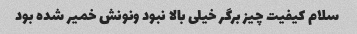
سلام کیفیت چیز برگر خیلی بالا نبود ونونش خمیر شده بود